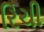
રિચી